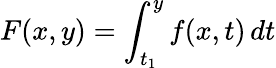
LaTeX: F(x,y)=\int_{t_{1}}^{y}f(x,t)\, dt